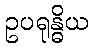
ဥပရုန္ဓိယ